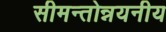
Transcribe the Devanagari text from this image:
सीमन्तोन्नयनीय